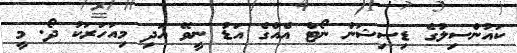
ކައުންސިލުގެ ޑިސިޝަން ނޯޓް އެއްގެ އަޑު ނީވޭ އަދި މިއަހަރަކު ދޯ. މީ